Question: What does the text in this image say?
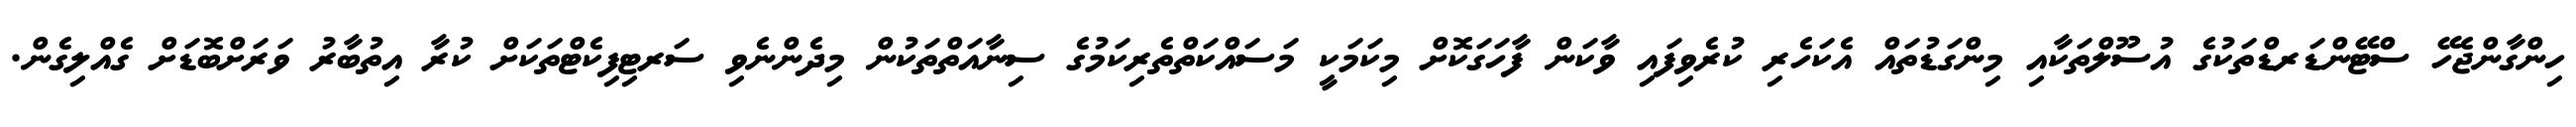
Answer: ހިންގާންޖެހޭ ސްޓޭންޑަރޑްތަކުގެ އުސޫލްތަކާއި މިންގަޑުތައް އެކަހެރި ކުރެވިފައި ވާކަން ފާހަގަކޮށް މިކަމަކީ މަސައްކަތްތެރިކަމުގެ ސިނާއަތްތަކުން މިދެންނެވި ސަރޓިފިކެޓްތަކަށް ކުރާ އިތުބާރު ވަރަށްބޮޑަށް ގެއްލިގެން.